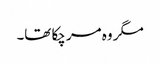
مگر وہ مر چکا تھا۔